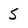
Character: S